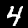
Digit: 4